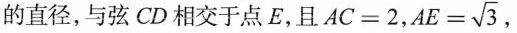
的直径，与弦CD相交于点E，且$$A C = 2$$，$$A E = \sqrt { 3 }$$，